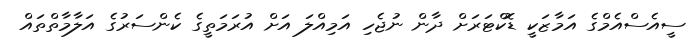
ސީއެސްއެމްގެ އަމާޒަކީ ޑޮކްޓަރަށް ދާން ނުޖެހި އަމިއްލަ އަށް އުރަމަތީގެ ކެންސަރުގެ އަލާމާތްތައް